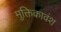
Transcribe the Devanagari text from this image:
मुक्तिकावंश